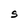
Character: S